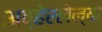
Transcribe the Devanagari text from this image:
अव्हेरलेल्या